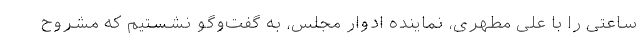
ساعتی را با علی مطهری، نماینده ادوار مجلس، به گفت‌وگو نشستیم که مشروح